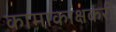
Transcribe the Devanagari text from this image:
कामाकांक्षकरी